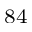
^ { 8 4 }